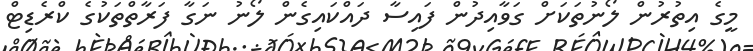
މީގެ އިތުރުން ލޯނުތަކަށް ގަވާއިދުން ފައިސާ ދައްކައިގެން ލޯނު ނަގާ ފަރާތްތަކުގެ ކްރެޑިޓް